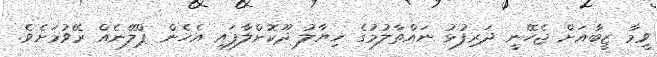
ވީމާ ޒީބާއަށް ޖެހޭނީ ދަރިފުޅު ނައްތާލުމުގެ ޚިޔާލު ދޫކޮށްލާފައި އެހެން ޕްލޭނެއް ރޭވުމަށެވެ.